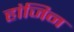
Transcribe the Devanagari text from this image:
हांजिन